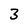
Character: 3